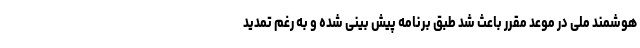
هوشمند ملی در موعد مقرر باعث شد طبق برنامه پیش بینی شده و به رغم تمدید